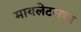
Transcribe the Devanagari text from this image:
मायलेटसचा